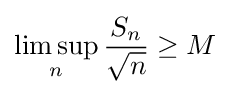
\limsup _{n}{\frac {S_{n}}{\sqrt {n}}}\geq M